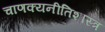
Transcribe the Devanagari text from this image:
चाणक्यनीतिशास्त्र